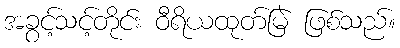
အခွင့်သင့်တိုင်း ဝီရိယထုတ်မြဲ ဖြစ်သည်။